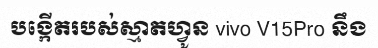
បង្កើតរបស់ស្មាតហ្វូន vivo V15Pro នឹង